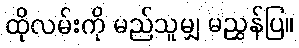
ထိုလမ်းကို မည်သူမျှ မညွှန်ပြ။